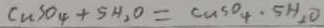
C u S O _ { 4 } + 5 H _ { 2 } O = C u S O _ { 4 } \cdot 5 H _ { 2 } O